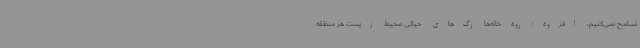
تسامح نمی‌کنیم، افزود: رودخانه‌ها رگ‌های حیاتی محیط زیست هر منطقه